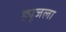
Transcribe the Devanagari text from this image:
ह्यूजला